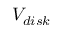
V _ { d i s k }